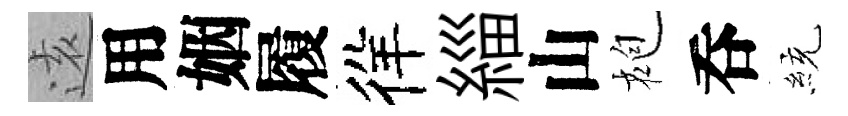
逺用姻履徉緇山袍呑統